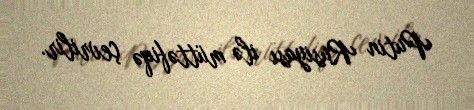
Putin Rusiyası ilə müttəfiqə çevrilir.